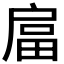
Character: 𭠇